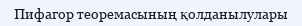
Пифагор теоремасының қолданылулары